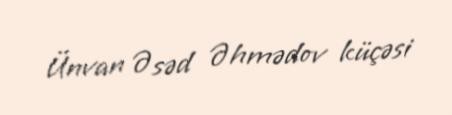
Ünvan Əsəd Əhmədov küçəsi